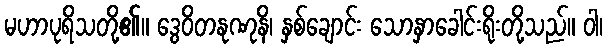
မဟာပုရိသတို့၏။ ဒွေဝိတနုဏုနိ၊ နှစ်ချောင်း သောနှာခေါင်းရိုးတို့သည်။ ဝါ၊